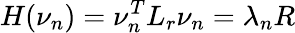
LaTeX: H(\nu_{n})=\nu_{n}^{T}L_{r}\nu_{n}=\lambda_{n}R